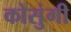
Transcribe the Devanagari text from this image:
कोसुंगी